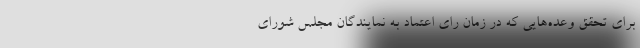
برای تحقق وعده‌هایی که در زمان رای اعتماد به نمایندگان مجلس شورای